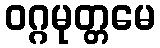
ဝဂ္ဂမုတ္တမေ